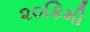
૨૦કિમી